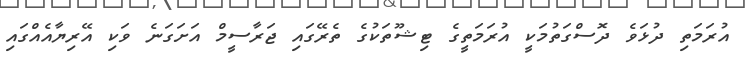
އުރަމަތި ދުޅަވެ ދޮސްގަތުމަކީ އުރަމަތީގެ ޓިޝޫތަކުގެ ތެރޭގައި ޖަރާސީމް އަށަގަނެ ވަކި އޭރިޔާއެއްގައި